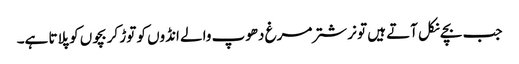
جب بچے نکل آتے ہیں تو نر شتر مرغ دھوپ والے انڈوں کو توڑ کر بچوں کو پلاتا ہے۔